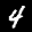
Label: 4